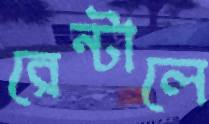
রেন্টালে